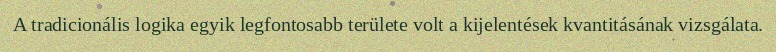
A tradicionális logika egyik legfontosabb területe volt a kijelentések kvantitásának vizsgálata.